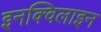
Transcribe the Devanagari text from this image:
इनक्विलाइन